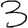
Digit: 3